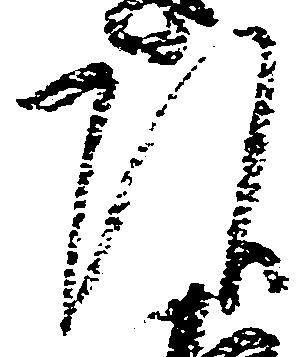
頭